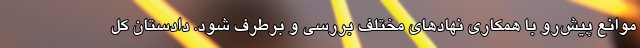
موانع پیش‌رو با همکاری نهادهای مختلف بررسی و برطرف شود. دادستان کل